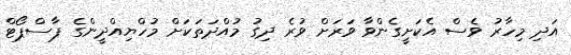
އަދި މިހާރު ވެސް އެކަށީގެންވާ ވަރަށް ވުރެ ދިގު މުއްދަތަކަށް މުހްޔިއްދީންގެ ޕާސްޕޯޓް